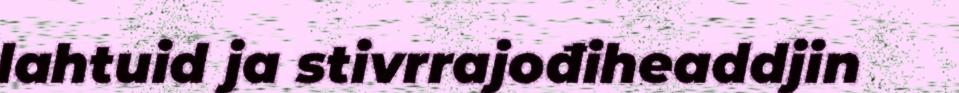
lahtuid ja stivrrajođiheaddjin